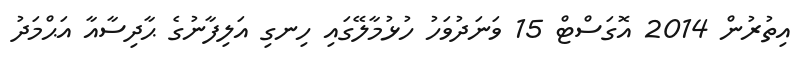
އިތުރުން 2014 އޮގަސްޓް 15 ވަނަދުވަހު ހުޅުމާލޭގައި ހިނގި އަލިފާނުގެ ޙާދިސާއާ އަޙްމަދު